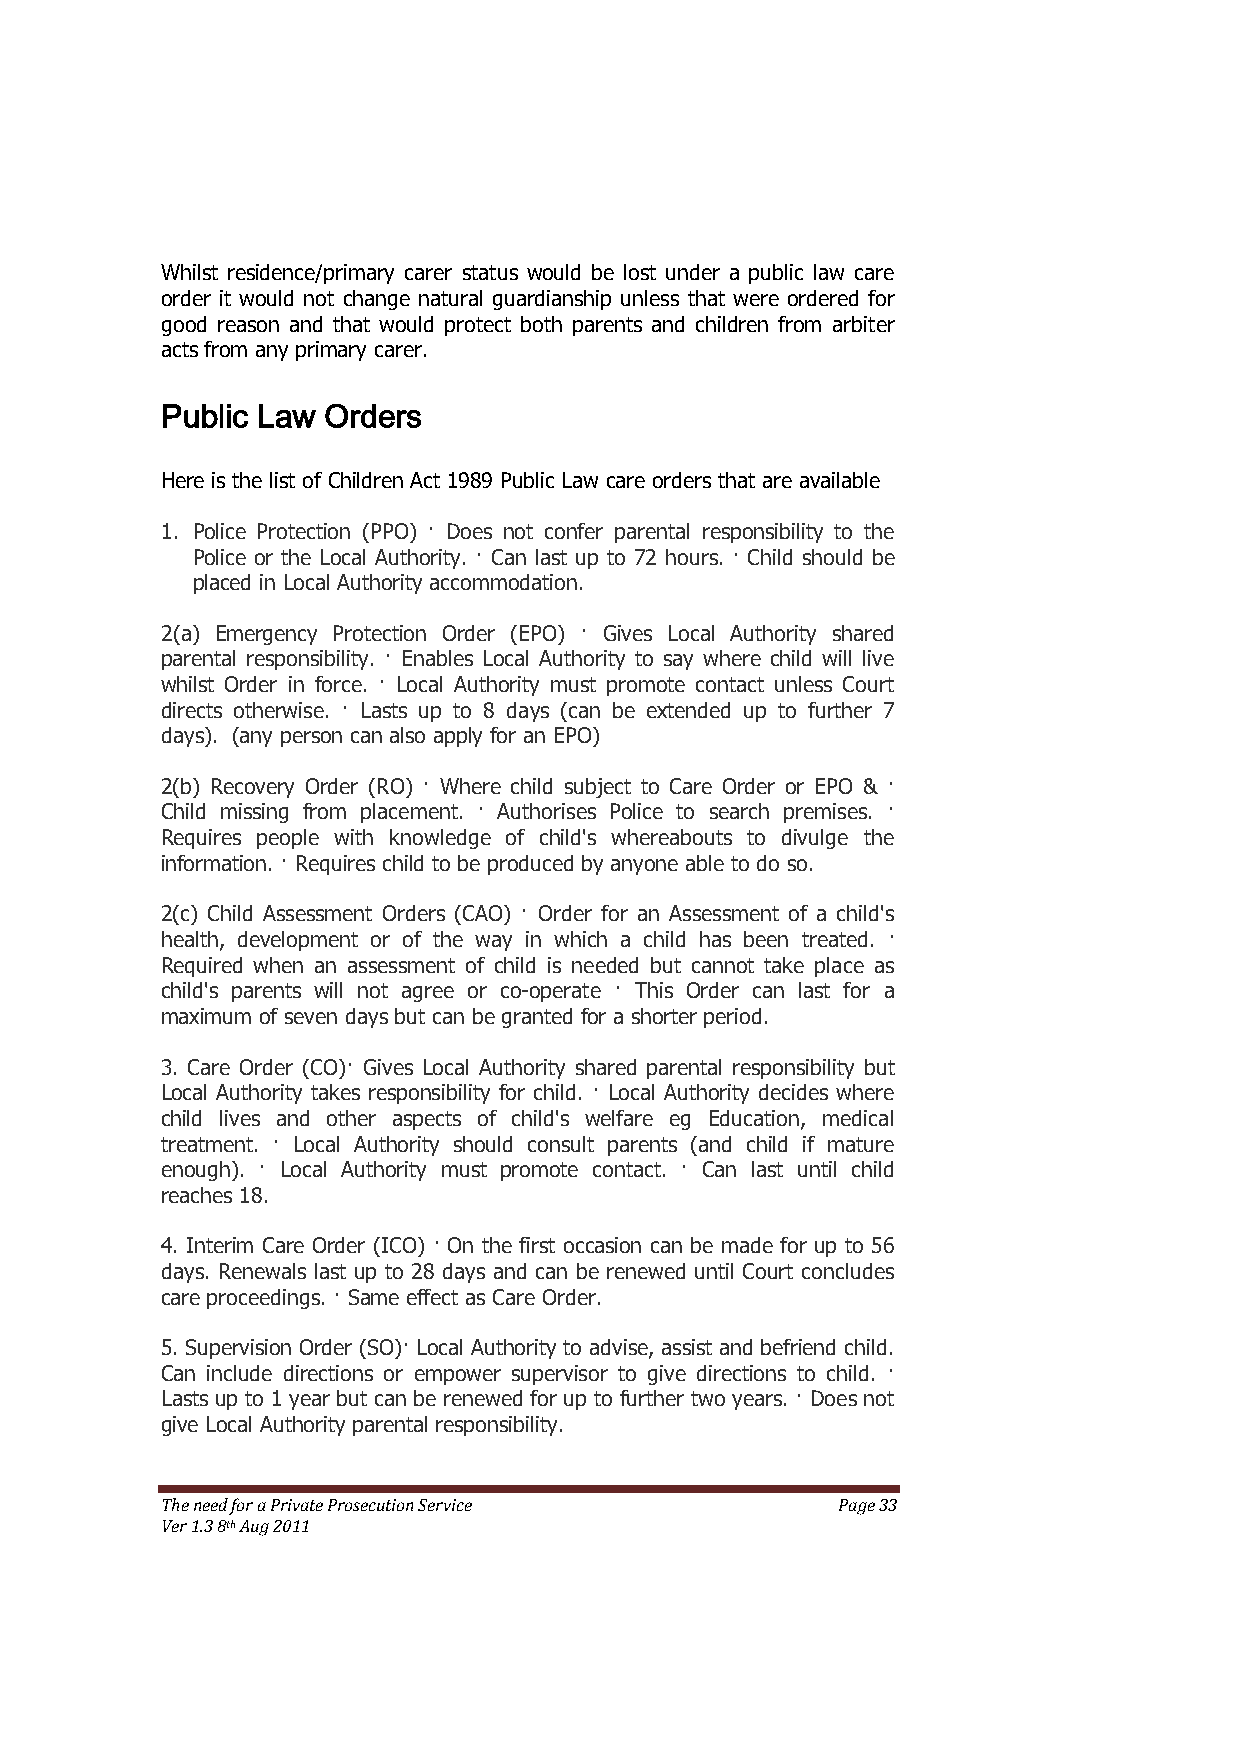
Whilst residence/primary carer status would be lost under a public law care
 order it would not change natural guardianship unless that were ordered for
 good reason and that would protect both parents and children from arbiter
 acts from any primary carer.
 Public Law Orders
 Here is the list of Children Act 1989 Public Law care orders that are available
 1. Police Protection (PPO) · Does not confer parental responsibility to the
 Police or the Local Authority. · Can last up to 72 hours. · Child should be
 placed in Local Authority accommodation.
 2(a) Emergency Protection Order (EPO) · Gives Local Authority shared
 parental responsibility. · Enables Local Authority to say where child will live
 whilst Order in force. · Local Authority must promote contact unless Court
 directs otherwise. · Lasts up to 8 days (can be extended up to further 7
 days). (any person can also apply for an EPO)
 2(b) Recovery Order (RO) · Where child subject to Care Order or EPO & ·
 Child missing from placement. · Authorises Police to search premises. ·
 Requires people with knowledge of child's whereabouts to divulge the
 information. · Requires child to be produced by anyone able to do so.
 2(c) Child Assessment Orders (CAO) · Order for an Assessment of a child's
 health, development or of the way in which a child has been treated. ·
 Required when an assessment of child is needed but cannot take place as
 child's parents will not agree or co-operate · This Order can last for a
 maximum of seven days but can be granted for a shorter period.
 3. Care Order (CO)· Gives Local Authority shared parental responsibility but
 Local Authority takes responsibility for child. · Local Authority decides where
 child lives and other aspects of child's welfare eg Education, medical
 treatment. · Local Authority should consult parents (and child if mature
 enough). · Local Authority must promote contact. · Can last until child
 reaches 18.
 4. Interim Care Order (ICO) · On the first occasion can be made for up to 56
 days. Renewals last up to 28 days and can be renewed until Court concludes
 care proceedings. · Same effect as Care Order.
 5. Supervision Order (SO)· Local Authority to advise, assist and befriend child.
 Can include directions or empower supervisor to give directions to child. ·
 Lasts up to 1 year but can be renewed for up to further two years. · Does not
 give Local Authority parental responsibility.
 The need for a Private Prosecution Service  Page 33
 Ver 1.3 8th Aug 2011